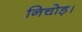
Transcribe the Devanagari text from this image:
निचोड़।